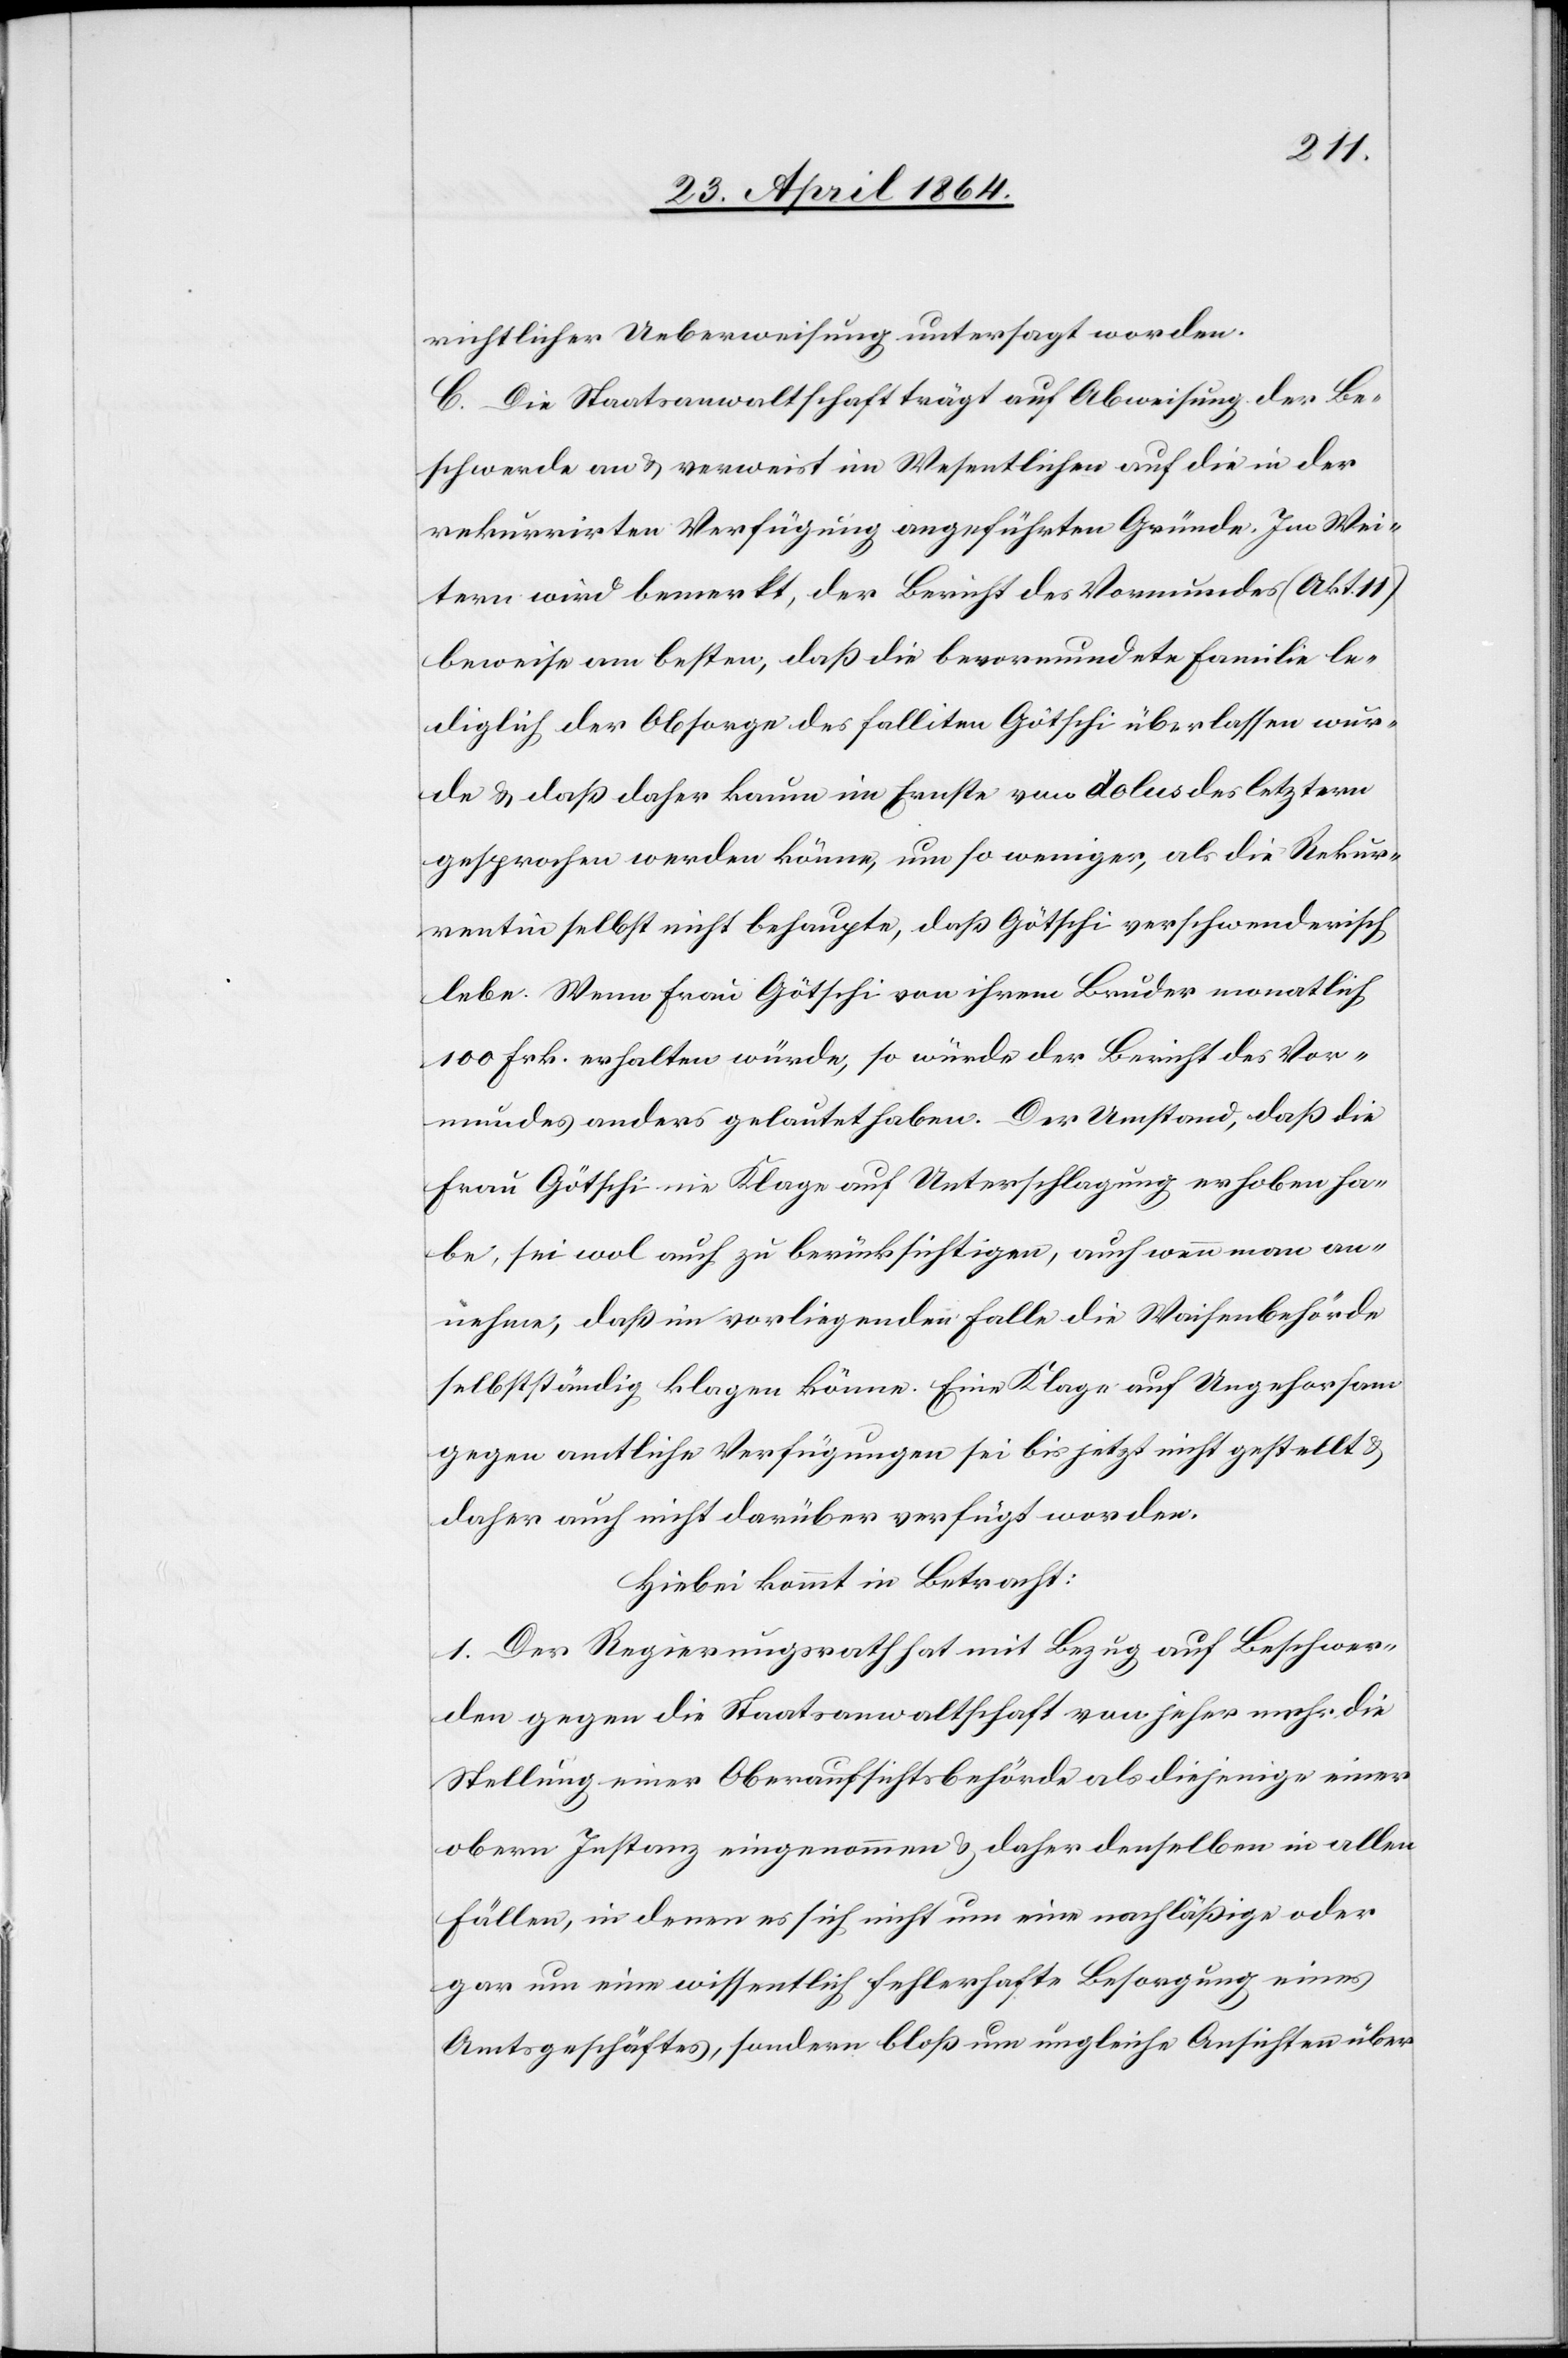
richtlicher Ueberweisung untersagt worden.
C. Die Staatsanwaltschaft trägt auf Abweisung der Be¬
schwerde an u. verweist im Wesentlichen auf die in der
rekurrirten Verfügung angeführten Gründe. Im Wei¬
tern wird bemerkt, der Bericht des Vormundes (Akt. 11)
beweise am besten, daß die bevormundete Familie le¬
diglich der Obsorge des falliten Götschi überlassen wur¬
de u. daß daher kaum im Ernste von dolus des letztern
gesprochen werden könne, um so weniger, als die Rekur¬
rentin selbst nicht behaupte, daß Götschi verschwenderisch
lebe. Wenn Frau Götschi von ihrem Bruder monatlich
100 Frk. erhalten würde, so würde der Bericht des Vor¬
mundes anders gelautet haben. Der Umstand, daß die
Frau Götschi nie Klage auf Unterschlagung erhoben ha¬
be, sei wol auch zu berücksichtigen, auch wenn man an¬
nehme, daß im vorliegenden Falle die Waisenbehörde
selbstständig klagen könne. Eine Klage auf Ungehorsam
gegen amtliche Verfügungen sei bis jetzt nicht gestellt u.
daher auch nicht darüber verfügt worden.
Hiebei kommt in Betracht:
1. Der Regierungsrath hat mit Bezug auf Beschwer¬
den gegen die Staatsanwaltschaft von jeher mehr die
Stellung einer Oberaufsichtsbehörde als diejenige einer
obern Instanz eingenommen u. daher denselben in allen
Fällen, in denen es sich nicht um eine nachläßige oder
gar um eine wissentlich fehlerhafte Besorgung eines
Amtsgeschäftes, sondern bloß um ungleiche Ansichten über